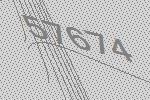
57674